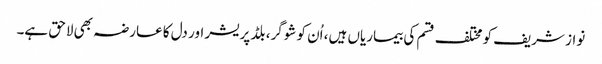
نواز شریف کو مختلف قسم کی بیماریاں ہیں، اُن کو شوگر، بلڈ پریشر اور دل کا عارضہ بھی لاحق ہے۔